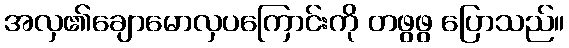
အလှ၏ချောမောလှပကြောင်းကို တဖွဖွ ပြောသည်။